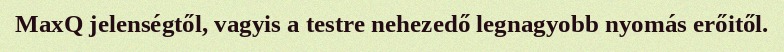
MaxQ jelenségtől, vagyis a testre nehezedő legnagyobb nyomás erőitől.